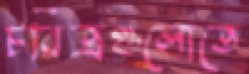
চরিত্রগুলোতে